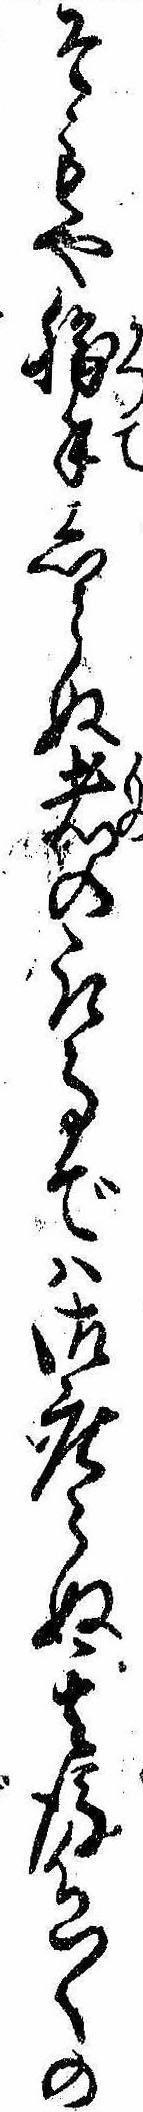
そもや勝手しらぬ者の取事では御座らぬ其後色〱の